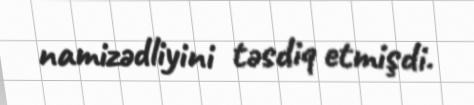
namizədliyini təsdiq etmişdi.